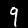
Label: 9